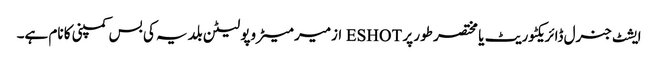
ایشٹ جنرل ڈائریکٹوریٹ یا مختصر طور پر ESHOT ازمیر میٹروپولیٹن بلدیہ کی بس کمپنی کا نام ہے۔